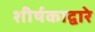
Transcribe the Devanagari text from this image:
शीर्षकाद्वारे